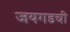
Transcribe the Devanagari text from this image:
जयगडची